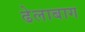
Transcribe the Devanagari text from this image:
ढेलाबाग